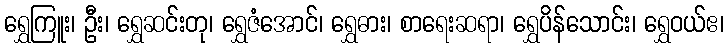
ရွှေကြူး၊ ဦး၊ ရွှေဆင်းတု၊ ရွှေဇံအောင်၊ ရွှေဓား၊ စာရေးဆရာ၊ ရွှေပိန်သောင်း၊ ရွှေဝယ်ဧ၊